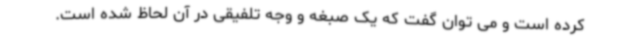
کرده است و می توان گفت که یک صبغه و وجه تلفیقی در آن لحاظ شده است.